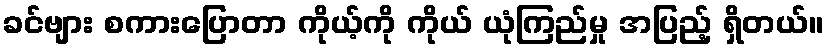
ခင်ဗျား စကားပြောတာ ကိုယ့်ကို ကိုယ် ယုံကြည်မှု အပြည့် ရှိတယ်။